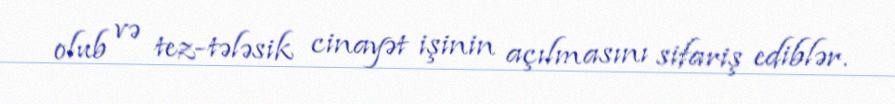
olub və tez-tələsik cinayət işinin açılmasını sifariş ediblər.